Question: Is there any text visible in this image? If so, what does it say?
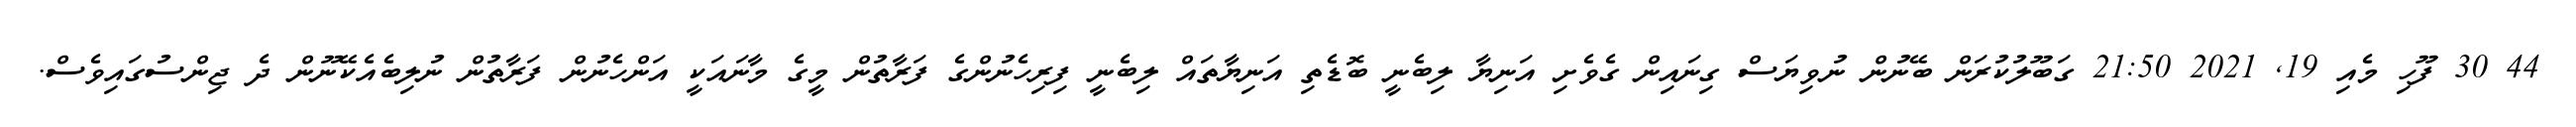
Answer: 44 30 ފޫހި މެއި 19, 2021 21:50 ގަބޫލުކުރަން ބޭނުން ނުވިޔަސް ގިނައިން ގެވެށި އަނިޔާ ލިބެނީ ބޮޑެތި އަނިޔާތައް ލިބެނީ ފިރިހެނުންގެ ފަރާތުން މީގެ މާނައަކީ އަންހެނުން ފަރާތުން ނުލިބެއެކޭނޫން ދެ ޖިންސުގައިވެސް.